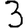
Digit: 3